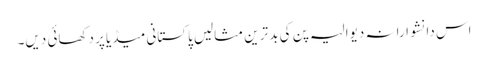
اس دانشوارانہ دیوالیہ پن کی بد ترین مثالیں پاکستانی میڈیا پر دکھائی دیں۔